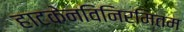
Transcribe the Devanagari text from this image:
हाटकेनविनिर्मितम